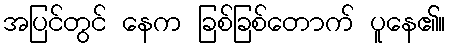
အပြင်တွင် နေက ခြစ်ခြစ်တောက် ပူနေ၏။